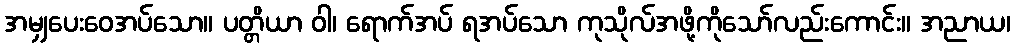
အမျှပေးဝေအပ်သော။ ပတ္တိယာ ဝါ၊ ရောက်အပ် ရအပ်သော ကုသိုလ်အဖို့ကိုသော်လည်းကောင်း။ အညာယ၊